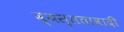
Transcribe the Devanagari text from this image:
व्यस्ततावादी